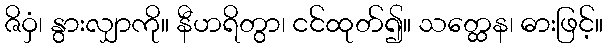
ဇိဝှံ၊ နွားလျှာကို။ နီဟရိတွာ၊ ငင်ထုတ်၍။ သတ္ထေန၊ ဓားဖြင့်။